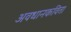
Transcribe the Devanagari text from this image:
अवधानकविता